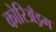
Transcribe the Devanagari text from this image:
कोरिअँड्रम